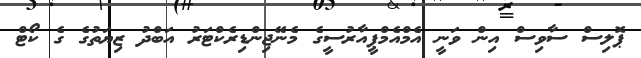
ޕޮލިސް ސާވިސް އިން ވަނީ އެމްއެމްޕީއާރުސީގެ މެނޭޖިންޑިރެކްޓަރު އަބްދު ޒިޔަތުގެ ގެ ކޯޓް